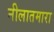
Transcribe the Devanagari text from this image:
नीलातमारा